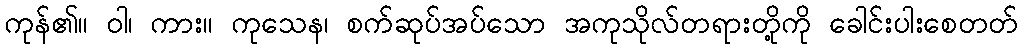
ကုန်၏။ ဝါ၊ ကား။ ကုသေန၊ စက်ဆုပ်အပ်သော အကုသိုလ်တရားတို့ကို ခေါင်းပါးစေတတ်